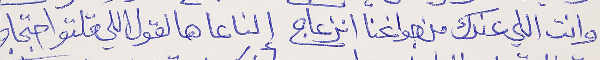
وانت اللي عندك من جوانحنا انزعاج   إلنا عا هالقول اللي قلتو احتجاج